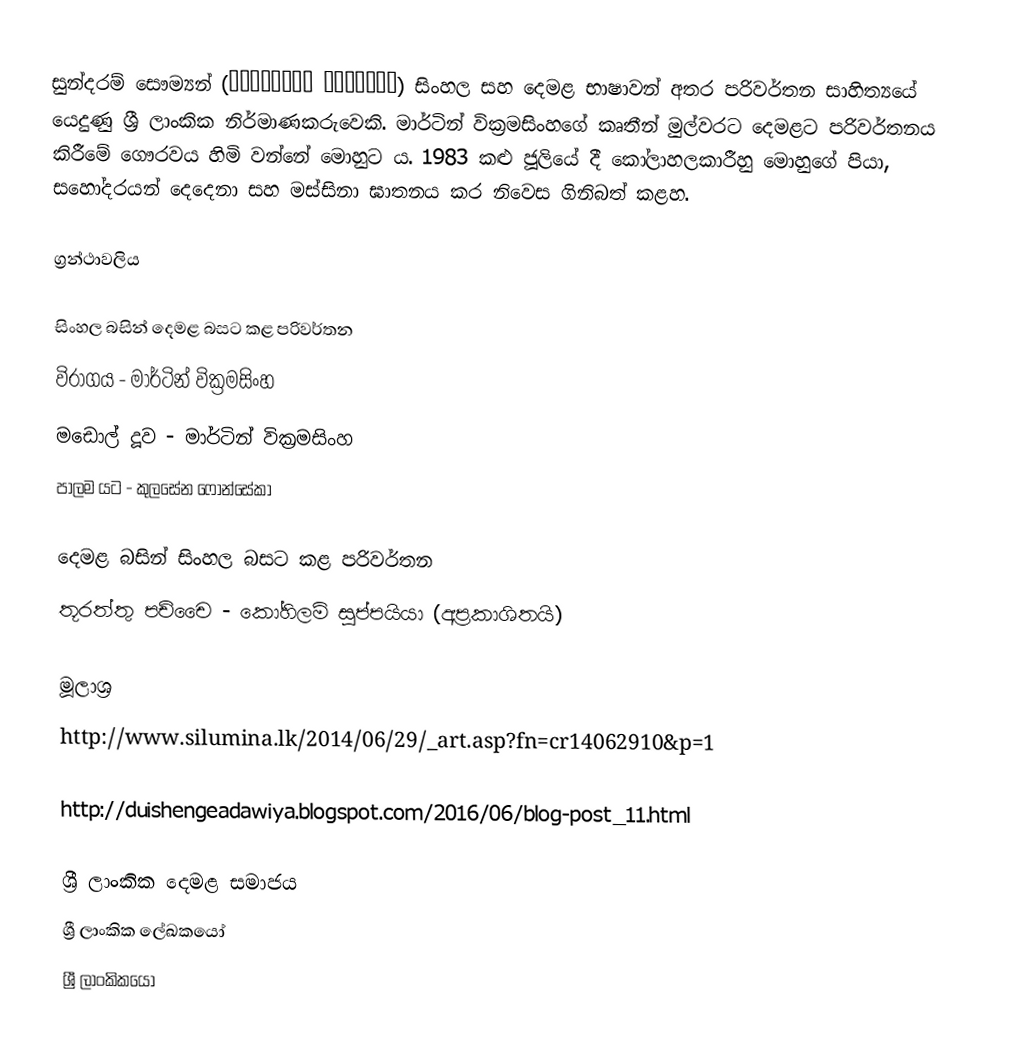
සුන්දරම් සෞම්‍යන් (சுந்தரம் சௌமியன்) සිංහල සහ දෙමළ භාෂාවන් අතර පරිවර්තන සාහිත්‍යයේ යෙදුණු ශ්‍රී ලාංකික​ නිර්මාණකරුවෙකි. මාර්ටින් වික්‍රමසිංහගේ කෘතීන් මුල්වරට දෙමළට පරිවර්තනය කිරීමේ ගෞරවය හිමි වන්නේ මොහුට ය​. 1983 කළු ජූලියේ දී කෝලාහලකාරීහු මොහුගේ පියා, සහෝදරයන් දෙදෙනා සහ මස්සිනා ඝාතනය කර​ නිවෙස ගිනිබත් කළහ​​.

ග්‍රන්ථාවලිය​

සිංහල බසින් දෙමළ බසට කළ පරිවර්තන​
 විරාගය - මාර්ටින් වික්‍රමසිංහ​
 මඩොල් දූව​ - මාර්ටින් වික්‍රමසිංහ​
 පාලම යට - කුලසේන ෆොන්සේකා

දෙමළ බසින් සිංහල බසට කළ පරිවර්තන​
 තූරත්තු පච්චෛ - කෝහිලම් සුප්පයියා (අප්‍රකාශිතයි)

මූලාශ්‍ර​
http://www.silumina.lk/2014/06/29/_art.asp?fn=cr14062910&p=1

http://duishengeadawiya.blogspot.com/2016/06/blog-post_11.html

ශ්‍රී ලාංකික දෙමළ සමාජය
ශ්‍රී ලාංකික ලේඛකයෝ
ශ්‍රී ලාංකිකයෝ